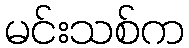
မင်းသစ်က